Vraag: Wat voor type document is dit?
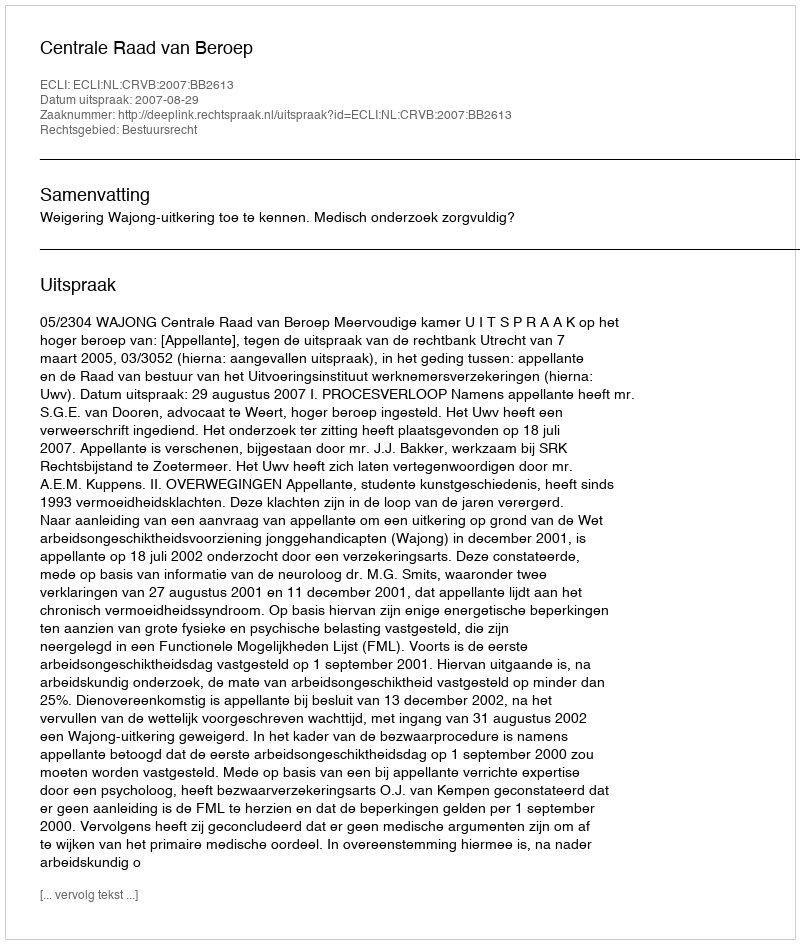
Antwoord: Uitspraak